Vital statistics of India. Vol. IV, Annual returns from 1871 to 1876. British Army of India, Native Army and jails of Bengal
Year: 1871
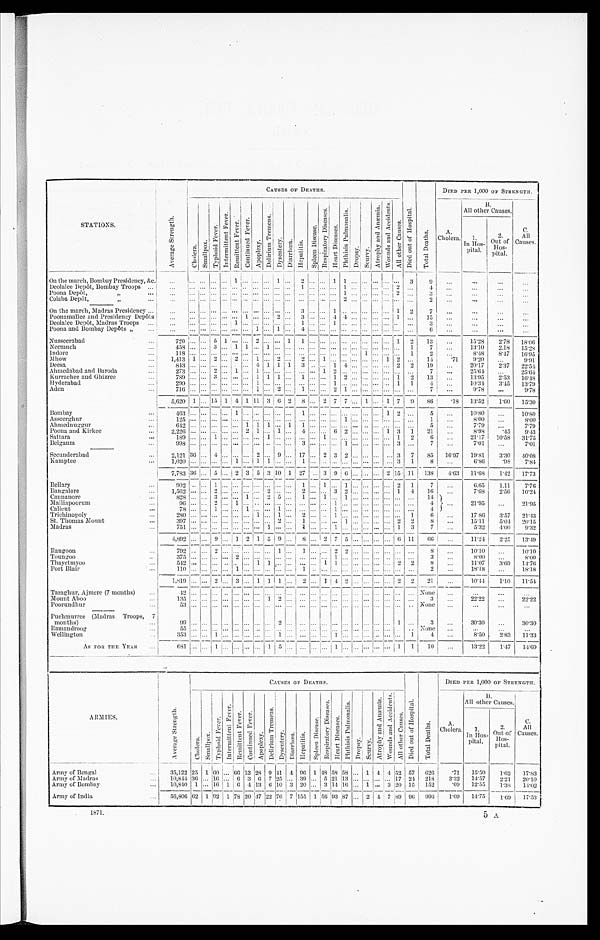
S T A T I O N S .
A v e r a g e S t r e n g t h .
C A U S E S O F D E A T H S .
D i e d o u t o f H o s p i t a l .
T o t a l D e a t h s .
DIED PER 1,000 OF STRENGTH
.
C h o l e r a .
Smallpox.
Typhoi d Fe ve r .
I n t e r m i t t e n t F e v e r .
R e m i t t e n t F e v e r .
c o n t i n u e d F e v e r .
Apopl exy
D e l i r i u m T r e m e n s .
Dy s e n t e r y . Di ar r hœa.
He pa t i t i s .
S p l e e n D i s e a s e .
R e s p i r a t o r y D i s e a s e s .
H e a r t D i s e a s e s .
P h t h i s i s P u l m o n a l i s .
D r o p s y . Sc ur vy.
A t r o p h y a n d A n æ m i a .
W o u n d s a n d A c c i d e n t s .
Al l ot her Causes.
A.
Cholera.
B .
All other Causes.
C.
All
Causes.
1.
In Hos-
pital.
2.
Out of
H o s -
pital.
On the march, Bombay Presidency, &c.
. . .
. . .
... ... . . . 1
. . .
...
... 1
...
2
...
. . . 1 1
. . .
... ... . . . ...
3
9
. . .
. . .
. . .
...
Deolalee Depôt, Bombay Troops
. . .
. . .
. . .... ...
. . .
. . .
. . .... ... ... ...
1 ...
. . . ... 1
. . .... ...
. . . 2
. . .
4
. . .
. . .
. . .
. . .
Poona Depôt, ,,
. . .
. . .
. . .... ...
. . .
. . .
. . .... ... ... ... ... ...
. . . ...
1
. . .... ...
. . . 2
. . .
3
. . .
. . .
. . .
. . .
Colaba Depôt,
,,
. . .
. . .
. . .... ...
. . .
. . .
. . .... ... ... ... ... ...
. . . ...
2
. . .... ...
. . . ...
. . .
2
. . .
. . .
. . .
. . .
On the march, Madras Presidency ...
. . .
. . .... ...
. . . . . . . . . ... ... ... ... 3 ...
. . . 1
. . .
. . ....
. . . . . . 1
2
7
. . .
. . .
. . .
. . .
Poonamallee and Presidency Depôts
. . .
. . .... ...
. . . . . .
1 ... ... 2 ... 3 ...
. . . 4
4
. . .... ...
. . . 1
. . .
1 5
. . .
. . .
. . .
. . .
D e o l a l e e D e p ô t , M a d r a s T r o o p s
. . .
. . .
. . .... ...
. . . 1
. . .... ... ... ... 1 ...
. . . 1
. . .
. . .... ...
. . . ...
. . .
3
. . .
. . .
. . .
. . .
Poona and Bombay Depôts „
. . .
. . .
. . .... ...
. . . . . .
. . .
1 ... 1 ... 4
. . . . . . ...
. . .
. . .... ...
. . . ...
. . .
6
. . .
. . .
. . .
. . .
Nusseerabad
. . .
720
. . .... 5 1
. . . . . . 2
. . .
... 1
1 ...
. . . ...
. . .
. . . ... ... . . . 1
2
13
. . .
15.28
2.78
18.06
Neemuch
. . . 458
. . .... 3
. . . 1 1 ... 1 ... ... ... ...
. . . ...
. . .
. . . ... ...
. . . ...
1
7
. . .
13.10
2.18
15.28
Indore
...
118
. . .... ...
. . . . . . . . . ... ... ... ... ... ...
. . . ...
. . .
. . . 1 ...
. . . ...
1
2
. . .
8.48
8.47
16.95
Mhow
... I,413 1 ... 2
. . . 2
. . . 1 ... 2 ...
2 ...
1 ...
. . . . . . ... ... 1 2
. . .
14.71
9.20
. . .
9 . 9 1
Deesa
...
843
. . .... ...
. . .
. . . . . . 4 1 1 1
3 ...
. . . 1 4
. . . ... ...
. . . 2
2
1 9
. . .
20.17
2.37
22.54
Ahmedabad and Baroda
... 273
. . .... 2
. . .
1 . . . 1 ... ... ... ... ...
1 2
. . . . . . ... ...
. . ....
. . .
7
. . .
25.64
. . . 25.64
Kurrachee and Ghizree
... 789
. . .... 3
. . .
. . . . . . . 1 1 1 ... 1 ...
. . .1
2 . . . ... ...
. . .1
2
1 3
. . .
13.95
2.53
16.48
Hyderabad
...
2 9 0
. . .... ...
. . .
. . . . . . . 1 ... ... ... ... ...
. . .1
. . . . . . ... ...
. . .1
1
4
. . .
10.34
3.45
13.79
Aden
...
7 1 6
. . .... ...
. . .
. . . . . . 1 ... 2 ... 1 ...
. . .2
1 . . . ...
. . . . . ....
. . .
7
. . .
9.78
. . .
9 . 7 8
5,620 1 ... 15 1
4
1
11 3 6 2
8 ...
2 7 7
. . . 1
. . . 1 7
9
86
.18
13.52
1.60
15.30
Bombay
. . .
4 6 3
. . .... ...
. . . 1
. . .... ... ... ... 1 ...
. . ....
. . .
. . .... ...
1 2
. . .
5
. . . 10.80
. . . 10.80
Asseerghur
...
1 2 5
. . .... ...
. . . . . .
. . .... ... ... ... ... ...
. . ....
1
. . .... ...
. . ....
. . .
1
. . .
8 . 0 0
. . . 800
Ahmednuggur
. . .
6 4 2
. . .... ...
. . . . . .
1 1 1 ... 1 1 ...
. . ....
. . .
. . ..... ...
. . ....
. . .
5
. . .
7.79
. . . 7.79
Poona and Kirkee
. . .
2,226
. . .... ...
. . .
. . . 2 1 ... 1 ...
4 ...
. . . 6 2
. . .... ... 1 3
1
21
. . .
8.98
.45
9.43
Sattara
. . .
1 8 9
. . .... 1
. . . . . .
. . . ... 1 ... ... ... ...
1 ...
. . .
. . .... ...
. . .1
2
6
. . .
21.17
10.58
31.75
B e l g a u m
...
9 9 8
. . .... ...
. . . . . .
. . . ... ... ... ... 3 ...
. . ....
1
. . .... ...
. . .3
. . .
7
. . .
7.01
. . . 7.01
Secunderabad
. . .
2 , 1 2 1
36
...
4
. . . . . .
. . . 2
...
9
...
17 ...
2 3 2
. . .
... ...
. . . 3
7
85
16.97
19.81
3.30
40.08
Kamptee
. . .
1,020
. . .... ...
. . . 1
. . . 1 1 ... ...
1 ...
. . . ...
. . .
. . .... ...
. . . 3
1
8
. . .
6.86
. 9 8
7.84
7,783 36 ... 5
. . . 2 3 5 3 10 1 27
. . . 3 9 6
. . .... ... 2 15 11
138 4.63
11.68
1.42
17.73
Bellary
. . .
9 0 2
. . .... 1
. . . . . .
. . .... ... ... ... 1 ...
1 ...
1
. . .... ...
. . .2
1
7
. . .
6.65
1.11
7.76
Bangalore
. . .
1 , 5 6 2
. . .... 2
. . . . . .
. . .... 2 ... ... 2 ...
. . .3
2
. . .... ...
. . .1
4
1 6 . . .
7. 68
2.56
10.24
Cannanore
...
8 2 8
. . .... 3
. . . . . .
1 ... 2 5 ... 1 ...
1 ...
1
. . .... ...
. . ....
. . .
1 4
. . .
21.95
...
21.95
Malliapoorum
...
9 6
. . .... 2
. . . 1
. . .... ... ... ... ... ...
. . .1
. . .
. . .... ...
. . ....
. . .
4
Calieut
. . .
7 8
. . .... 1
. . . . . .
1 ... ... 1 ... ... ...
. . .1
. . .
. . .... ...
. . ....
. . .
4
Trichinopoly
...
2 8 0
. . .... ...
. . . . . .
. . .1 ... 1 ... 2 ...
. . .1
. . .
. . .... ...
. . ....
1
6
. . .
17.86
3.57
21.43
St. Thomas Mount . . .
3 9 7
. . .... ...
. . . . . .
. . .... ... 2 ... 1 ...
. . ....
1
. . .... ...
. . .2
2
8
. . .
15.11
5.04
20.15
Madras
...
7 5 1
. . .
...
...
. . . . . .
. . .... 1 ... ... 1 ...
. . .1
. . .
. . .... ...
. . .1
3
7
. . .
5.32
4 . 0 0 9.32
4,892
. . .... 9
. . . 1 2 1 5 9 ...
8 ...
2 7 5
. . .... ...
. . . 6 11
6 6
. . .
11.24
2.25
13.49
Rangoon
. . .
7 9 2 . . . ...
2
. . .
. . . . . . ... ... 1 ... 1 ...
. . .2
2
. . .... ...
. . ....
. . .
8
. . .
10.10
. . . 10.10
Toungoo
. . .
3 7 5 . . . ... ....
. . .
2 . . . ... ... ... ... ... ...
. . .1
. . .
. . .... ...
. . ....
. . .
3
. . .
8.00
. . . 8.00
Thayetmyoo
. . .
5 4 2 . . . ... ...
. . .
. . . . . . 1 1 ... ... ... ...
1 1
. . .
. . .... ...
. . . .2
2
8
. . .
11.07
3.69
14.76
Port Blair
. . .
1 1 0 . . . ... ...
. . .
1 . . . ... ... ... ... 1 ...
. . ....
. . .
. . .... ...
. . ....
. . .
2
. . .
18.18
. . . 18.18
1,819
. . .
.... 2
. . .
3 . . . 1 1 1 ...
2 ...
1
4
2
. . . ... ...
. . . 2
2
21
. . .
10.44
1.10
11.54
Taraghur, Ajmere (7 months)
. . .
4 2
. . .
... ...
. . .
. . .
. . .
...
... ...
... ... ...
. . .
...
. . .
. . .... ...
. . ....
. . .
N o n e
. . .
. . .
. . .
. . .
Mount Aboo
. .
1 3 5
. . .... ...
. . . . . .
. . .... 1 2 ... ... ...
. . ....
. . .
. . .... ...
. . . ....
. . .
3
. . .
22.22
. . .
22.22
Poorundhur
. . .
5 3
. . ..... ...
. . . . . .
. . .... ... ... ... ... ...
. . ....
. . .
. . .... ...
. . ....
. . .
N o n e
. . .
. . .
. . .
. . .
Puchmurree (Madras Troops,
7 months) ...
99
. . .... ...
. . . . . .
. . . .... ... 2 ... ... ...
. . ....
. . .
. . ..... ...
. . .
1
. . .
3
. . .
30.30
. . . 30.30
Ramandroog
. . .
55
. . .... ...
. . . . . .
. . . .... ... ... ... ... ...
. . ..
. .
. . .
. . ..... ...
. . . . ...
. . . None
. . .
. . .
. . .
. . .
Wellington
. . .
3 5 3
. . .
... 1
. . .
. . .
. . .
... ... 1 ... ... ...
. . .1
. . .
. . .
... ...
. . . ...
1
4
. . .
8.50
2.83
11.33
AS FOR THE YEAR. . .
681
. . . ... 1
. . . . . .
. . .... 1 5 ... ... ...
. . . 1
. . .
. . . ... ...
. . .
1 1
1
10
. . .
13.22
1.47
14.69
. .
A R M I E S .
A v e r a g e S t r e n g t h .
C A U S E S O F D E A T H S .
D i e d o u t o f H o s p i t a l .
T o t a l D e a t h s .
DIED PER 1,000 OF STRENGTH .
C h o l e r a .
S m a l l p o x .
T y p h o i d F e v e r .
I n t e r m i t t e n t F e v e r .
R e m i t t e n t F e v e r .
C o n t i n u e d F e v e r .
A p o p l e x y .
D e l i r i u m T r e m e n s .
Dy s e n t e r y .
D i a r r h œ a . Hepat i t i s.
S p l e e n D i s e a s e .
R e s p i r a t o r y D i s e a s e s .
H e a r t D i s e a s e s .
P h t h i s i s P u l m o n a l i s .
D r o p s y . Scurvy.
A t r o p h y a n d A u æ m i a .
W o u n d s a n d A c c i d e n t s .
Al l ot he r Ca us e s .
A.
Cholera.
B .
All other Causes.
C .
All
Causes.
1.
In Hos-
p i t a l .
2 . O u t o f H o s -
pital.
Army of Bengal
. . .
35,122 25 1 60
. . . 66 13 28 9 41 4 96 1 48 58
5 8 . . . 1 4 4 52 57
626
.71
15.50
1.62
17.83
Army of Madras
. . .
10,844 36 ... 16
. . . 6 3 6
7 25 ...
39 ...
5 21 13
. . . ... ...
. . . 17 24
218
3.32
14.57
2.21
20.10
Army of Bombay
. . .
10,840 1 ... 16
1 6 4 13
6 10 3
20 ...
3 14 16
. . . 1 ...
3 20 15
152
.09
12.55
1.38
14.02
A r m y o f I n d i a . . .
56,806 62 1 92 1
78 20 47 22 76
7 155 1
56 93 87
. . . 2 4
7 89 96
996
1.09
14.75
1.69
17.53
1871.
5 A